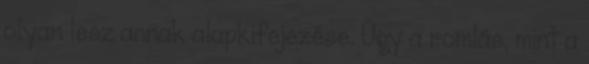
olyan lesz annak alapkifejezése. Úgy a romlás, mint a